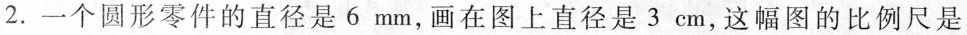
2.一个圆形零件的直径是6mm，画在图上直径是3cm，这幅图的比例尺是